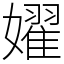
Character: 嬥